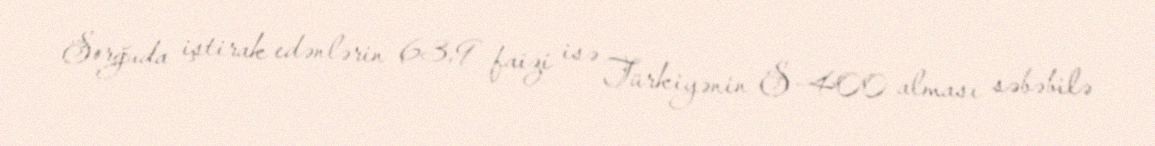
Sorğuda iştirak edənlərin 63,9 faizi isə Türkiyənin S-400 alması səbəbilə